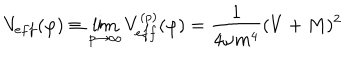
V _ { e f f } ( \varphi ) \equiv \lim _ { p \to \infty } V _ { e f f } ^ { ( p ) } ( \varphi ) = \frac { 1 } { 4 \omega m ^ { 4 } } ( V + M ) ^ { 2 }